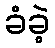
ခံခဲ့